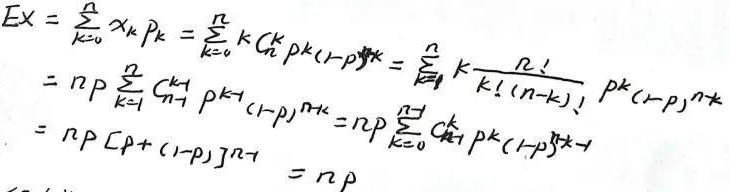
\[
\begin{align*}
EX&=\sum_{k = 0}^{n}x_{k}p_{k}=\sum_{k = 0}^{n}kC_{n}^{k}p^{k}(1 - p)^{n - k}\\
&=np\sum_{k = 1}^{n}C_{n - 1}^{k - 1}p^{k-1}(1 - p)^{n - k}=np\sum_{k = 1}^{n}k\frac{n!}{k!(n - k)!}p^{k}(1 - p)^{n - k}\\
&=np\sum_{k = 0}^{n - 1}C_{n - 1}^{k}p^{k}(1 - p)^{n - 1 - k}=np[p+(1 - p)]^{n - 1}\\
&=np
\end{align*}
\]